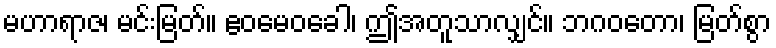
မဟာရာဇ၊ မင်းမြတ်။ ဧဝမေဝခေါ၊ ဤအတူသာလျှင်။ ဘဂဝတော၊ မြတ်စွာ